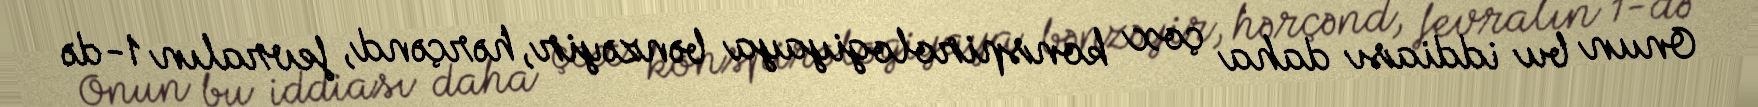
Onun bu iddiası daha çox konspirologiyaya bənzəyir, hərçənd, fevralın 1-də